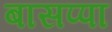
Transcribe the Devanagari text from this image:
बासप्पा